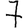
Digit: 7